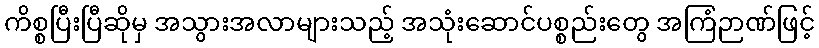
ကိစ္စပြီးပြီဆိုမှ အသွားအလာများသည့် အသုံးဆောင်ပစ္စည်းတွေ အကြံဉာဏ်ဖြင့်